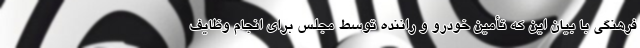
فرهنگی با بیان این که تأمین خودرو و راننده توسط مجلس برای انجام وظایف